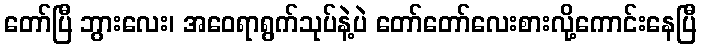
တော်ပြီ ဘွားလေး၊ အဝေရာရွက်သုပ်နဲ့ပဲ တော်တော်လေးစားလို့ကောင်းနေပြီ